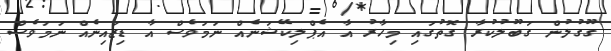
ގޫގުލުން ގަބޫލުކުރާ ގޮތުގައި މިހާރު އާ އެޕްލިކޭޝަނެއް ނަމަވެސް އާ ޑިޒައިނެއް ނަމަވެސް